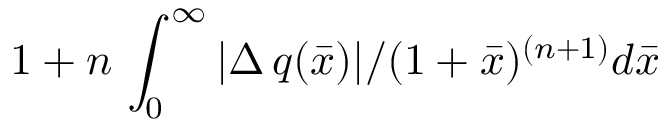
1 + n \, \int _ { 0 } ^ { \infty } | \Delta \, q ( \bar { x } ) | / ( 1 + \bar { x } ) ^ { ( n + 1 ) } d \bar { x }